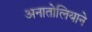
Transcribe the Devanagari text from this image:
अनातोलियाने